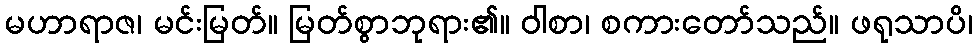
မဟာရာဇ၊ မင်းမြတ်။ မြတ်စွာဘုရား၏။ ဝါစာ၊ စကားတော်သည်။ ဖရုသာပိ၊